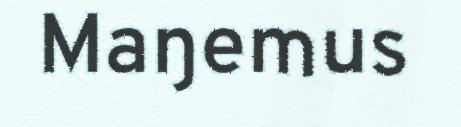
Maŋemus